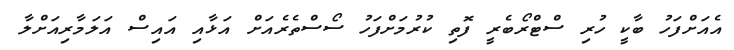
އެއަށްފަހު ބާކީ ހުރި ސްޓްރޯބެރީ ފޮތި ކުރުމަށްފަހު ސޯސްތެރެއަށް އަޅާއި އައިސް އަލަމާރިއަށްލާ